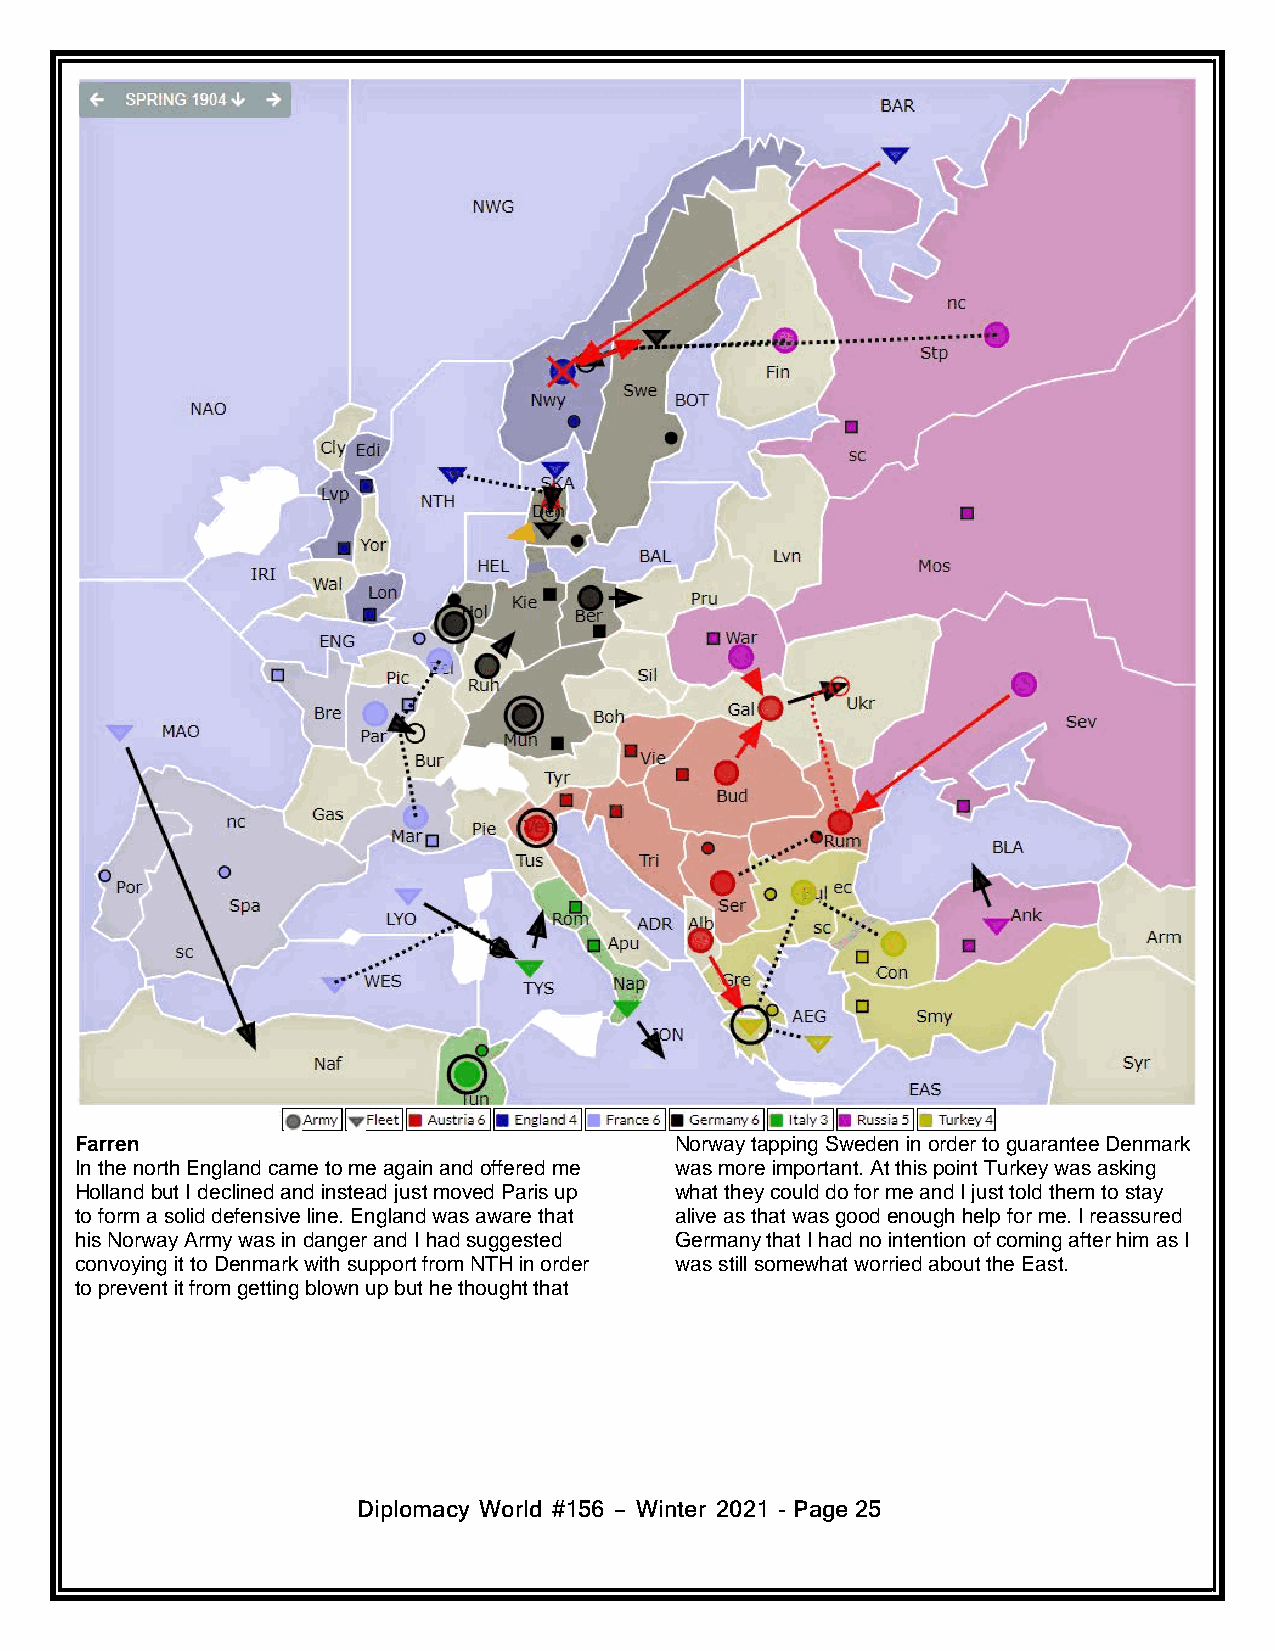
Farren                                  Norway tapping Sweden in order to guarantee Denmark
 In the north England came to me again and offered me was more important. At this point Turkey was asking
 Holland but I declined and instead just moved Paris up what they could do for me and I just told them to stay
 to form a solid defensive line. England was aware that alive as that was good enough help for me. I reassured
 his Norway Army was in danger and I had suggested Germany that I had no intention of coming after him as I
 convoying it to Denmark with support from NTH in order was still somewhat worried about the East.
 to prevent it from getting blown up but he thought that
 Diplomacy World #156 – Winter 2021 - Page25